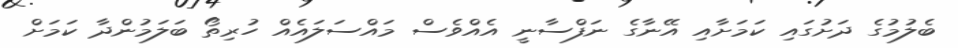
ބެލުމުގެ ދަށުގައި ކަމަށާއި އޭނާގެ ނަފްސާނީ އެއްވެސް މައްސަލައެއް ހުރިތޯ ބަލަމުންދާ ކަމަށް